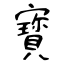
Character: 寳